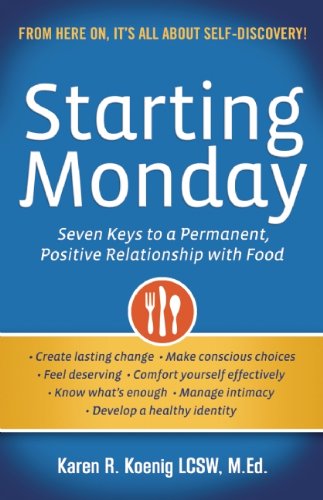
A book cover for Starting Monday: Seven Keys to a Permanent, Positive Relationship with Food; Karen R. Koenig; Self-Help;